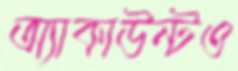
অ্যাকাউন্টও